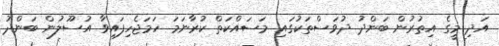
އަދި މީގެ އިތުރުން ބަންދު ދުވަސްތަކުގައި މަސައްކަތް ކުރާނަމަ ހަމަޖެހިފައިވާ އުސޫލުން ބަންދު